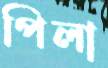
পিলা